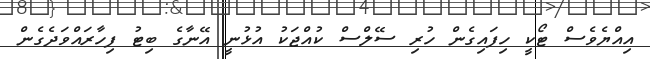
އިއްޔެވެސް ޓޯކީ ހިފައިގެން ހުރި ސޭލްސް ކުއްޖަކު އުޅުނީ އޭނާގެ ބިޓު ފިހާރައްވަދެގެން